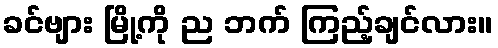
ခင်ဗျား မြို့ကို ည ဘက် ကြည့်ချင်လား။